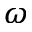
\omega